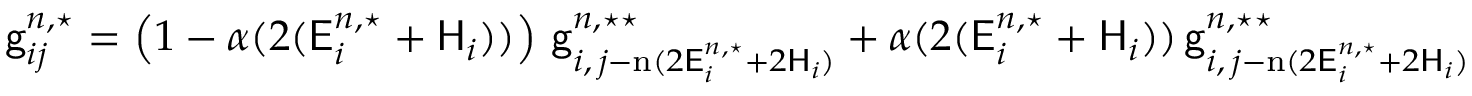
\begin{array} { r } { \mathsf { g } _ { i j } ^ { n , \star } = \left( 1 - \alpha ( 2 ( \mathsf { E } _ { i } ^ { n , \star } + \mathsf { H } _ { i } ) ) \right) \, \mathsf { g } _ { i , \, j - \mathrm { n } ( 2 \mathsf { E } _ { i } ^ { n , \star } + 2 \mathsf { H } _ { i } ) } ^ { n , \star \star } + \alpha ( 2 ( \mathsf { E } _ { i } ^ { n , \star } + \mathsf { H } _ { i } ) ) \, \mathsf { g } _ { i , \, j - \mathrm { n } ( 2 \mathsf { E } _ { i } ^ { n , \star } + 2 \mathsf { H } _ { i } ) - 1 } ^ { n , \star \star } + \frac { \Delta t } { \Delta v } \mathsf { E } ( \phi ) _ { i } \, , } \end{array}